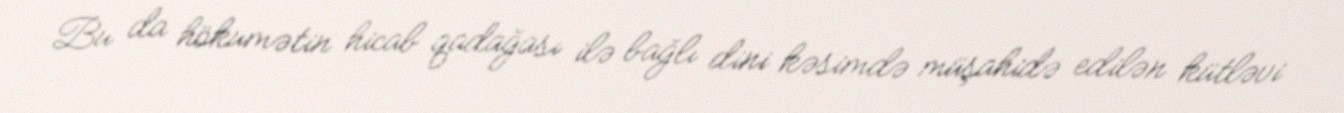
Bu da hökumətin hicab qadağası ilə bağlı dini kəsimdə müşahidə edilən kütləvi